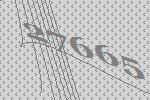
27665